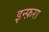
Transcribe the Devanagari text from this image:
इन्फ़रा